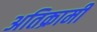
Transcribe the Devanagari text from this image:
अतिक्रामी